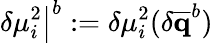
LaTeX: \left.\delta\mu_{i}^{2}\right|^{b}:=\delta\mu_{i}^{2}(\delta\mathbf{\overline{{q}}}^{b})